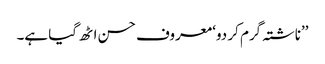
’’ناشتہ گرم کر دو‘ معروف حسن اٹھ گیا ہے۔